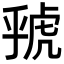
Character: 𮓦